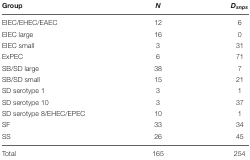
| Group | N | Dsnps |
 | --- | --- | --- |
 | EIEC/EHEC/EAEC | 12 | 6 |
 | EIEC large | 16 | 0 |
 | EIEC small | 3 | 31 |
 | ExPEC | 6 | 71 |
 | SB/SD large | 38 | 7 |
 | SB/SD small | 15 | 21 |
 | SD serotype 1 | 3 | 1 |
 | SD serotype 10 | 3 | 37 |
 | SD serotype 8/EHEC/EPEC | 10 | 1 |
 | SF | 33 | 34 |
 | SS | 26 | 45 |
 | Total | 165 | 254 |